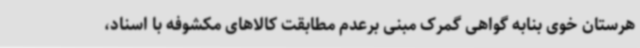
هرستان خوی بنابه گواهی گمرک مبنی برعدم مطابقت کالاهای مکشوفه با اسناد،